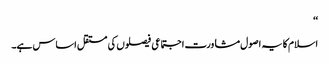
‘‘
اسلام کا یہ اصول مشاورت اجتماعی فیصلوں کی مستقل اساس ہے۔